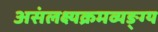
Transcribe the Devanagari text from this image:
असंलक्ष्यक्रमव्यङ्ग्य